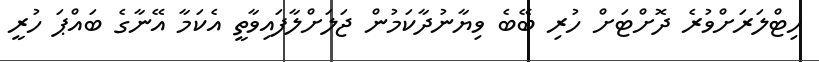
ހިޓްލަރަށްވުރެ ދޮށްޓަށް ހުރި ބޭބެ ވިޔާނުދާކަމުން ޖަލަށްލާފައިވާތީ އެކަމާ އޭނާގެ ބައްޕަ ހުރީ